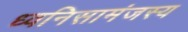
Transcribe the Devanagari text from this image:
ध्वनिसामंजस्य